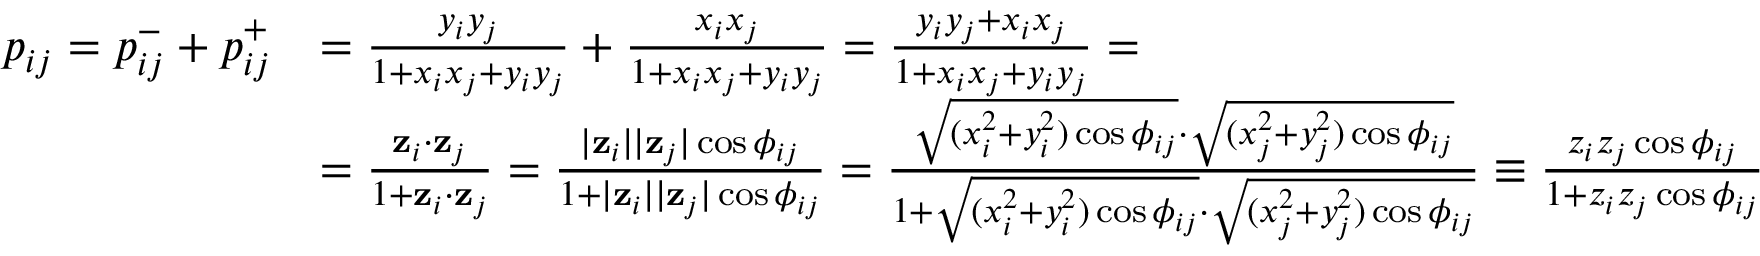
\begin{array} { r l } { p _ { i j } = p _ { i j } ^ { - } + p _ { i j } ^ { + } } & { = \frac { y _ { i } y _ { j } } { 1 + x _ { i } x _ { j } + y _ { i } y _ { j } } + \frac { x _ { i } x _ { j } } { 1 + x _ { i } x _ { j } + y _ { i } y _ { j } } = \frac { y _ { i } y _ { j } + x _ { i } x _ { j } } { 1 + x _ { i } x _ { j } + y _ { i } y _ { j } } = } \\ & { = \frac { \mathbf { z } _ { i } \cdot \mathbf { z } _ { j } } { 1 + \mathbf { z } _ { i } \cdot \mathbf { z } _ { j } } = \frac { | \mathbf { z } _ { i } | | \mathbf { z } _ { j } | \cos \phi _ { i j } } { 1 + | \mathbf { z } _ { i } | | \mathbf { z } _ { j } | \cos \phi _ { i j } } = \frac { \sqrt { ( x _ { i } ^ { 2 } + y _ { i } ^ { 2 } ) \cos \phi _ { i j } } \cdot \sqrt { ( x _ { j } ^ { 2 } + y _ { j } ^ { 2 } ) \cos \phi _ { i j } } } { 1 + \sqrt { ( x _ { i } ^ { 2 } + y _ { i } ^ { 2 } ) \cos \phi _ { i j } } \cdot \sqrt { ( x _ { j } ^ { 2 } + y _ { j } ^ { 2 } ) \cos \phi _ { i j } } } \equiv \frac { z _ { i } z _ { j } \cos \phi _ { i j } } { 1 + z _ { i } z _ { j } \cos \phi _ { i j } } } \end{array}